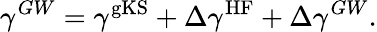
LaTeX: \gamma^{GW}=\gamma^{\mathrm{gKS}}+\Delta\gamma^{\mathrm{HF}}+\Delta\gamma^{GW}.